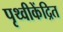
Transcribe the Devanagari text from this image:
पृथ्वीकेंद्रित